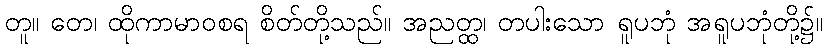
တူ။ တေ၊ ထိုကာမာဝစရ စိတ်တို့သည်။ အညတ္ထ၊ တပါးသော ရူပဘုံ အရူပဘုံတို့၌။